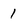
Character: 1